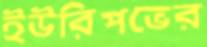
ইউরিপভের